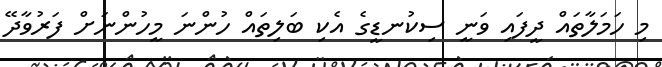
މި ހަމަލާތައް ދީފައި ވަނީ ސިކުނޑީގެ އެކި ބަލިތައް ހުންނަ މީހުންނަށް ފަރުވާދޭ